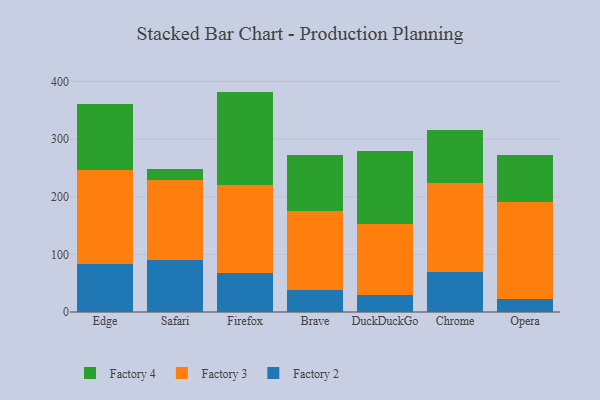
{"axis": {"x": "Browser", "y": "Latency (ms)"}, "legend": ["Factory 2", "Factory 3", "Factory 4"], "data": [{"x": "Edge", "y": 84.1, "type": "Factory 2"}, {"x": "Edge", "y": 161.7, "type": "Factory 3"}, {"x": "Edge", "y": 115.7, "type": "Factory 4"}, {"x": "Safari", "y": 89.9, "type": "Factory 2"}, {"x": "Safari", "y": 139.5, "type": "Factory 3"}, {"x": "Safari", "y": 19.6, "type": "Factory 4"}, {"x": "Firefox", "y": 67.2, "type": "Factory 2"}, {"x": "Firefox", "y": 153.1, "type": "Factory 3"}, {"x": "Firefox", "y": 162.2, "type": "Factory 4"}, {"x": "Brave", "y": 38.2, "type": "Factory 2"}, {"x": "Brave", "y": 137.3, "type": "Factory 3"}, {"x": "Brave", "y": 96.4, "type": "Factory 4"}, {"x": "DuckDuckGo", "y": 29.7, "type": "Factory 2"}, {"x": "DuckDuckGo", "y": 123.0, "type": "Factory 3"}, {"x": "DuckDuckGo", "y": 126.8, "type": "Factory 4"}, {"x": "Chrome", "y": 69.5, "type": "Factory 2"}, {"x": "Chrome", "y": 153.7, "type": "Factory 3"}, {"x": "Chrome", "y": 93.0, "type": "Factory 4"}, {"x": "Opera", "y": 21.9, "type": "Factory 2"}, {"x": "Opera", "y": 168.6, "type": "Factory 3"}, {"x": "Opera", "y": 82.2, "type": "Factory 4"}]}